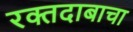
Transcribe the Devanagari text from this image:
रक्तदाबाचा